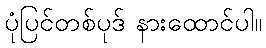
ပုံပြင်တစ်ပုဒ် နားထောင်ပါ။